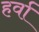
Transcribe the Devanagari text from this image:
हर्वा